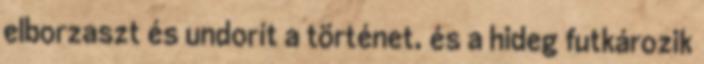
elborzaszt és undorít a történet, és a hideg futkározik